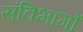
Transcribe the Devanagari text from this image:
संविभागों